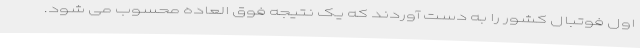
اول فوتبال کشور را به دست آوردند که یک نتیجه فوق العاده محسوب می شود.